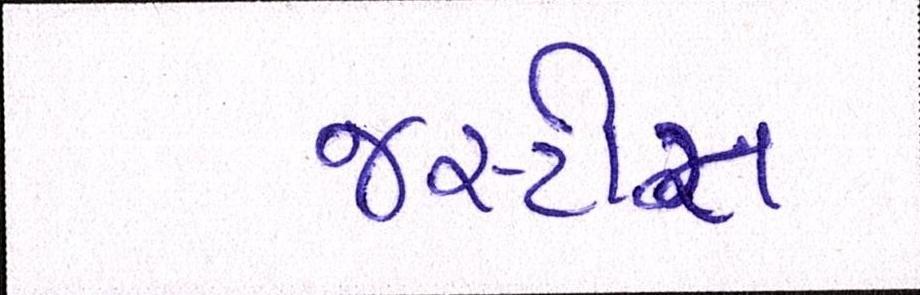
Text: જસ્ટીસ